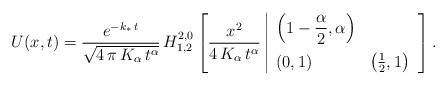
LaTeX: \begin{align*}U(x,t) = \frac{e^{-k_\ast\,t}}{\sqrt{4\,\pi\,K_{\alpha}\,t^{\alpha}}}\,H^{2,0}_{1,2}\left[ \frac{x^2}{4\,K_{\alpha}\,t^{\alpha}}\left|\begin{array}{ll}\displaystyle \left( 1-\frac{\alpha}{2},\alpha\right) & \\[10pt](0,1) & \left( \frac{1}{2},1\right) \end{array}\right.\right].\end{align*}